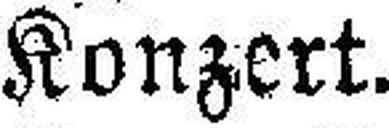
Konzert.